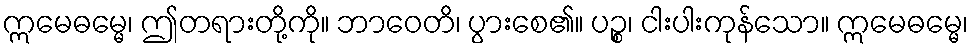
ဣမေဓမ္မေ၊ ဤတရားတို့ကို။ ဘာဝေတိ၊ ပွားစေ၏။ ပဉ္စ၊ ငါးပါးကုန်သော။ ဣမေဓမ္မေ၊